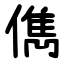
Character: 儁